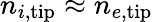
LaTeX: n_{i,\mathrm{tip}}\approx n_{e,\mathrm{tip}}